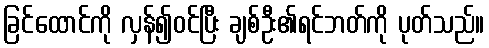
ခြင်ထောင်ကို လှန်၍ဝင်ပြီး ချစ်ဦး၏ရင်ဘတ်ကို ပုတ်သည်။